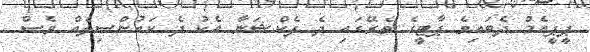
ޕީޕީއެމް ދެބައިވެ ޕާޓީގެ ތެރޭގައި ދެ ފެކްޝަނާ އެކު ދެ ކައުންސިލެއް ވެސް